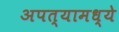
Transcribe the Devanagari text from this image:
अपत्यामध्ये